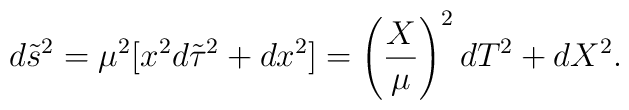
d\tilde{s}^2=\mu^2[x^2d\tilde{\tau}^2+dx^2]=\left({X\over\mu}\right)^2dT^2+dX^2 .